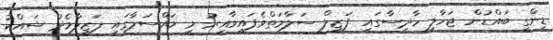
ޑިންގީ ބައްޑުން ޖަހާލި ހާދިސާގައި ފަޒީލް ސަލާމަތްވެފައިވާއިރު މި މައްސަލާގައި ފަޒީލާމެދު ޝައްކު